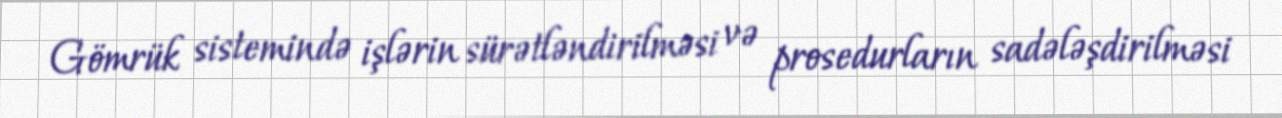
Gömrük sistemində işlərin sürətləndirilməsi və prosedurların sadələşdirilməsi